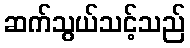
ဆက်သွယ်သင့်သည်